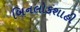
બિનલોકશાહી